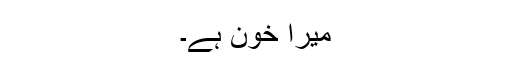
میرا خون ہے۔